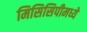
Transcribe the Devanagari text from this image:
मिसिसिपीमध्ये